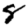
Digit: 8